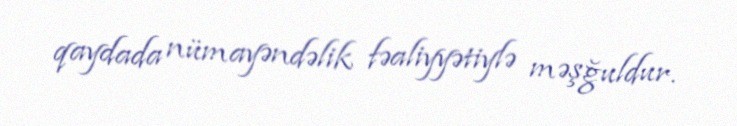
qaydada nümayəndəlik fəaliyyətiylə məşğuldur.